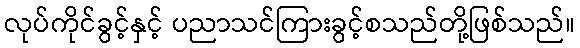
လုပ်ကိုင်ခွင့်နှင့် ပညာသင်ကြားခွင့်စသည်တို့ဖြစ်သည်။